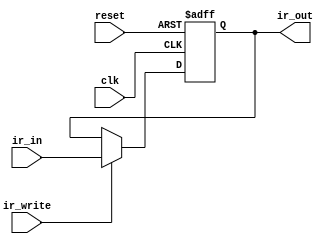
module InstructionRegister (
  input wire clk,
  input wire reset,
  input wire ir_write,
  input wire [15:0] ir_in,
  output reg [15:0] ir_out
);
  always @(posedge clk or posedge reset) begin
    if (reset) begin
      ir_out <= 16'b0;
    end else if (ir_write) begin
      ir_out <= ir_in;
    end
  end
endmodule